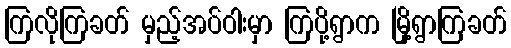
ကြလိုကြခတ် မှည့်အပ်ဝါးမှာ ကြပို့ရွာက မြို့ရွာကြခတ်